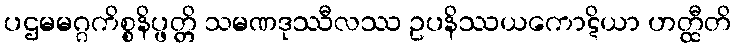
ပဌမမဂ္ဂကိစ္စနိပ္ဖတ္တိ သမဏဒုဿီလဿ ဥပနိဿယကောဋိယာ ဟတ္ထီတိ